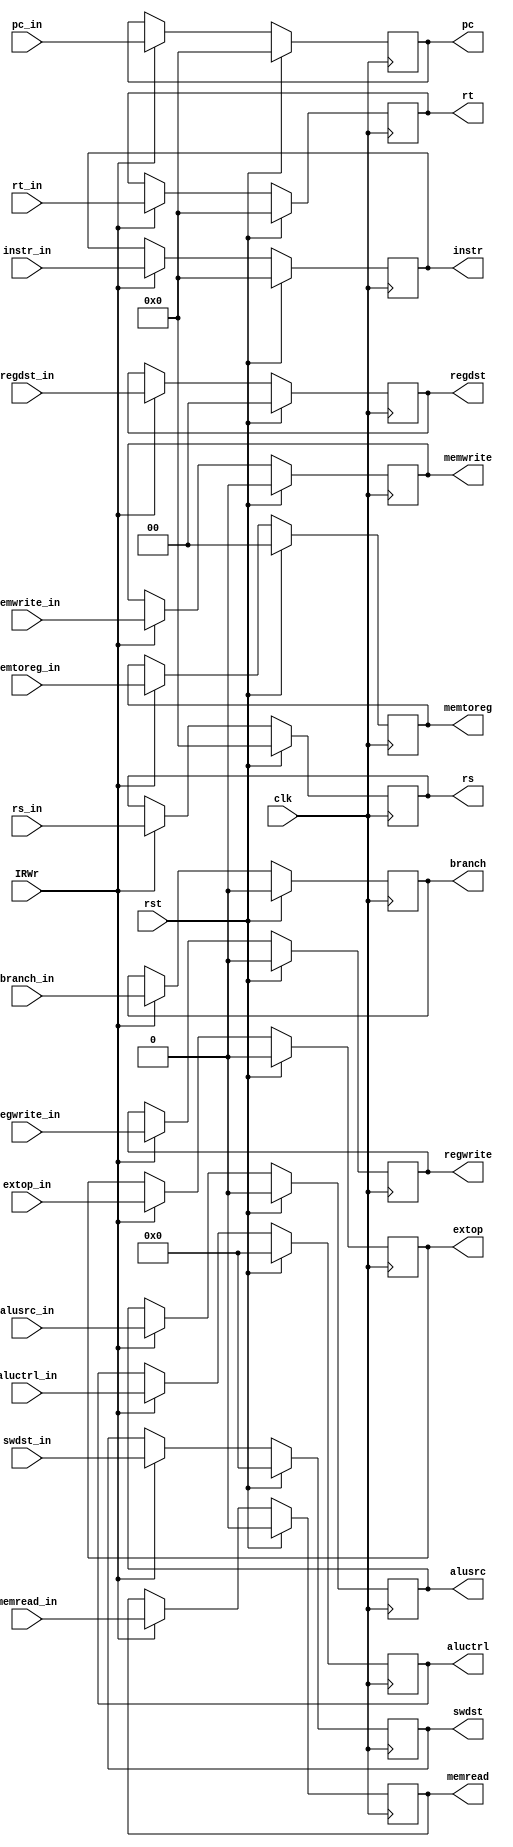
module id_ex_ir (
               
   input         clk,
   input         rst,
   input         IRWr, 
   input [31:0] pc_in,
   input [31:0] instr_in,
   input [31:0] rs_in,
   input [31:0] rt_in,
   input [4:0] swdst_in,
   input [1:0] regdst_in,
   input [4:0] aluctrl_in,
   input alusrc_in,
   input branch_in,
   input memread_in,
   input memwrite_in,
   input regwrite_in,
   input [1:0] memtoreg_in, 
   input extop_in,

   output reg [31:0] pc,
   output reg [31:0] instr,
   output reg [31:0] rs,
   output reg [31:0] rt,
   output reg [4:0] swdst,
   output reg [1:0] regdst,
   output reg [4:0] aluctrl,
   output reg alusrc,
   output reg branch,
   output reg memread,
   output reg memwrite,
   output reg regwrite,
   output reg [1:0] memtoreg,
   output reg extop
);   
               
   always @(posedge clk ) begin
      if ( rst ) 
      begin
         pc <= 0;
         instr<=0;
         rs<=0;
         rt=0;
         swdst<=0;
         regdst<=0;
         aluctrl<=0;
         alusrc<=0;
         branch<=0;
         memread<=0;
         memwrite<=0;
         regwrite<=0;
         memtoreg<=0;
         extop<=0;
      end
      else if (IRWr)
      begin
         pc <= pc_in;
         instr<=instr_in;
         rs<=rs_in;
         rt<=rt_in;
         swdst<=swdst_in;
         regdst<=regdst_in;
         aluctrl<=aluctrl_in;
         alusrc<=alusrc_in;
         branch<=branch_in;
         memread<=memread_in;
         memwrite<=memwrite_in;
         regwrite<=regwrite_in;
         memtoreg<=memtoreg_in;
         extop<=extop_in;
      end
   end // end always
      
endmodule